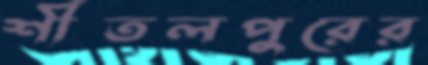
শীতলপুরের